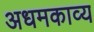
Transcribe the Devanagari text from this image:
अधमकाव्य